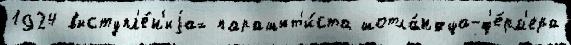
1924 выступл'е́н'иjах парашют'и́ста шотла́ндца-ф'е́рм'ера